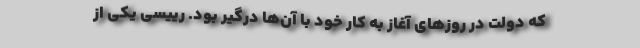
که دولت در روزهای آغاز به کار خود با آن‌ها درگیر بود. رییسی یکی از